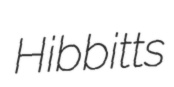
Hibbitts